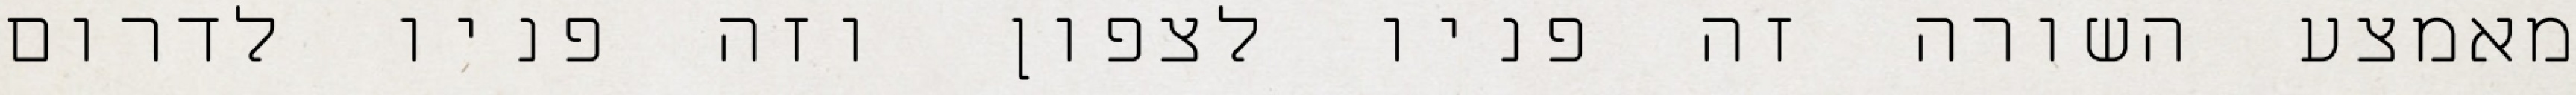
מאמצע השורה זה פניו לצפון וזה פניו לדרום